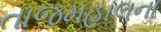
તાજમહાલના